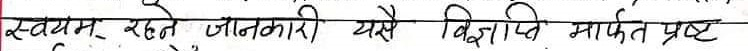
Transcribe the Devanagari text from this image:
स्वयम् रहने जानकारी यसै बिद्यापि मार्फत प्रष्ट